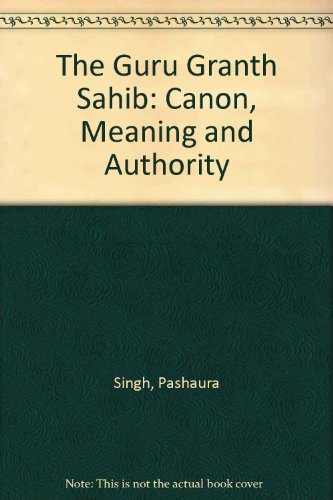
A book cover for The Guru Granth Sahib: Canon, Meaning and Authority; Pashaura Singh; Religion & Spirituality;